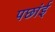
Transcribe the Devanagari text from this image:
पछांई